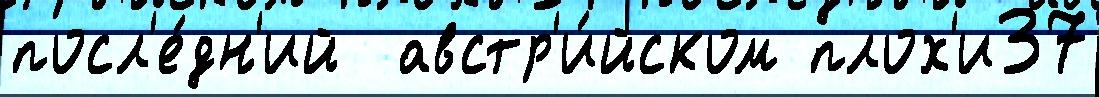
посл'е́дн'ий  австр'и́йском плох'и37